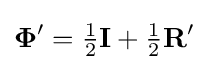
\mathbf {\Phi } '\!\!~={\tfrac {1}{2}}\mathbf {I} +{\tfrac {1}{2}}\mathbf {R} '